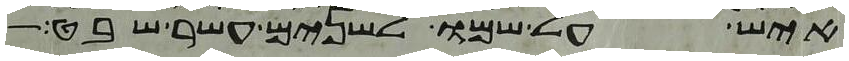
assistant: איש על שמו לשנים עשר שבט